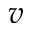
\boldsymbol { v }